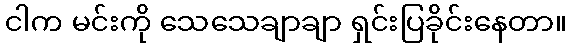
ငါက မင်းကို သေသေချာချာ ရှင်းပြခိုင်းနေတာ။